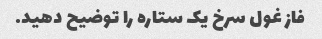
فاز غول سرخ یک ستاره را توضیح دهید.